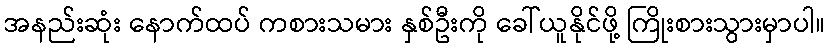
အနည်းဆုံး နောက်ထပ် ကစားသမား နှစ်ဦးကို ခေါ်ယူနိုင်ဖို့ ကြိုးစားသွားမှာပါ။